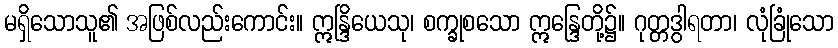
မရှိသောသူ၏ အဖြစ်လည်းကောင်း။ ဣန္ဒြိယေသု၊ စက္ခုစသော ဣန္ဒြေတို့၌။ ဂုတ္တဒွါရတာ၊ လုံခြုံသော